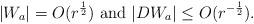
LaTeX: \begin{align*}|W_a|= O(r^{\frac{1}{2}})~{\rm and}~ |DW_{a}|\leq O(r^{-\frac{1}{2}}). \end{align*}